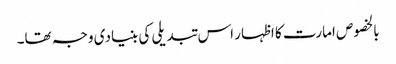
بالخصوص امارت کا اظہار اس تبدیلی کی بنیادی وجہ تھا۔